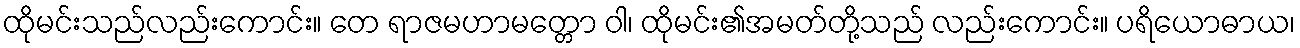
ထိုမင်းသည်လည်းကောင်း။ တေ ရာဇမဟာမတ္တော ဝါ၊ ထိုမင်း၏အမတ်တို့သည် လည်းကောင်း။ ပရိယောဓာယ၊